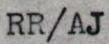
RR/AJ